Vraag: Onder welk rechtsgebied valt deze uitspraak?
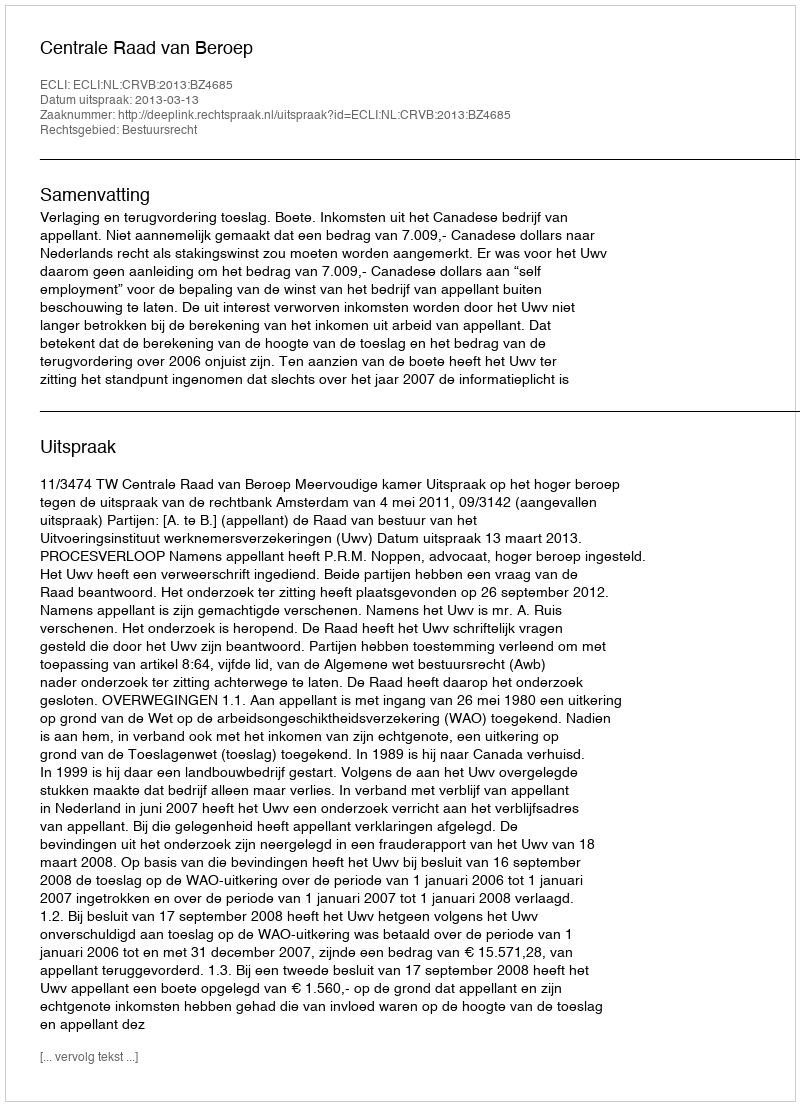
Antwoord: Bestuursrecht